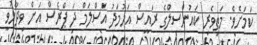
ކަމަށެވެ. މަތިވެރި ކައުންސިލްގެ ރައީސް އަހުމަދު އަސްލަމް ދަ ޕްރެސް އަށް ވިދާޅުވީ